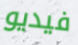
فيديو